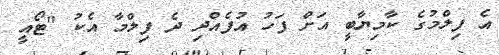
އެ ފިލްމުގެ ކާމިޔާބީ އަށް ފަހު އުފެއްދި ދެ ފިލްމާ އެކު "ޓޯއީ